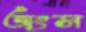
অংস